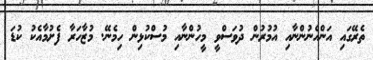
ތެރޭގައި އަންހެނުންނާއި އުމުރުން ދުވަސްވީ މީހުންނާއި މުސްކުޅިން ހިމެނޭ. މުޒާހަރާ ފެށުމާއެކު ކުޑަ